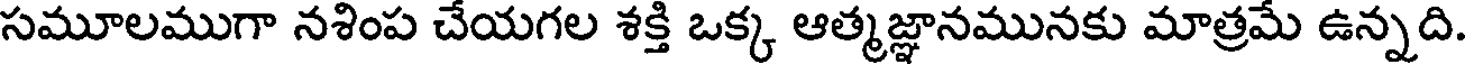
సమూలముగా నశింప చేయగల శక్తి ఒక్క ఆత్మజ్ఞానమునకు మాత్రమే ఉన్నది